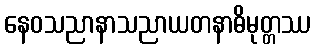
နေဝသညာနာသညာယတနာဓိမုတ္တဿ